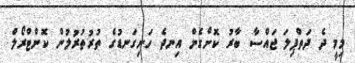
މިމީ ދެ ދަތްޕިލަ ޖައްސާ ބާރު ކޮށްގެން އިނދެ ހަށިގަނޑުގެ ތުރުތުރުލުން ކޮންޓްރޯލް